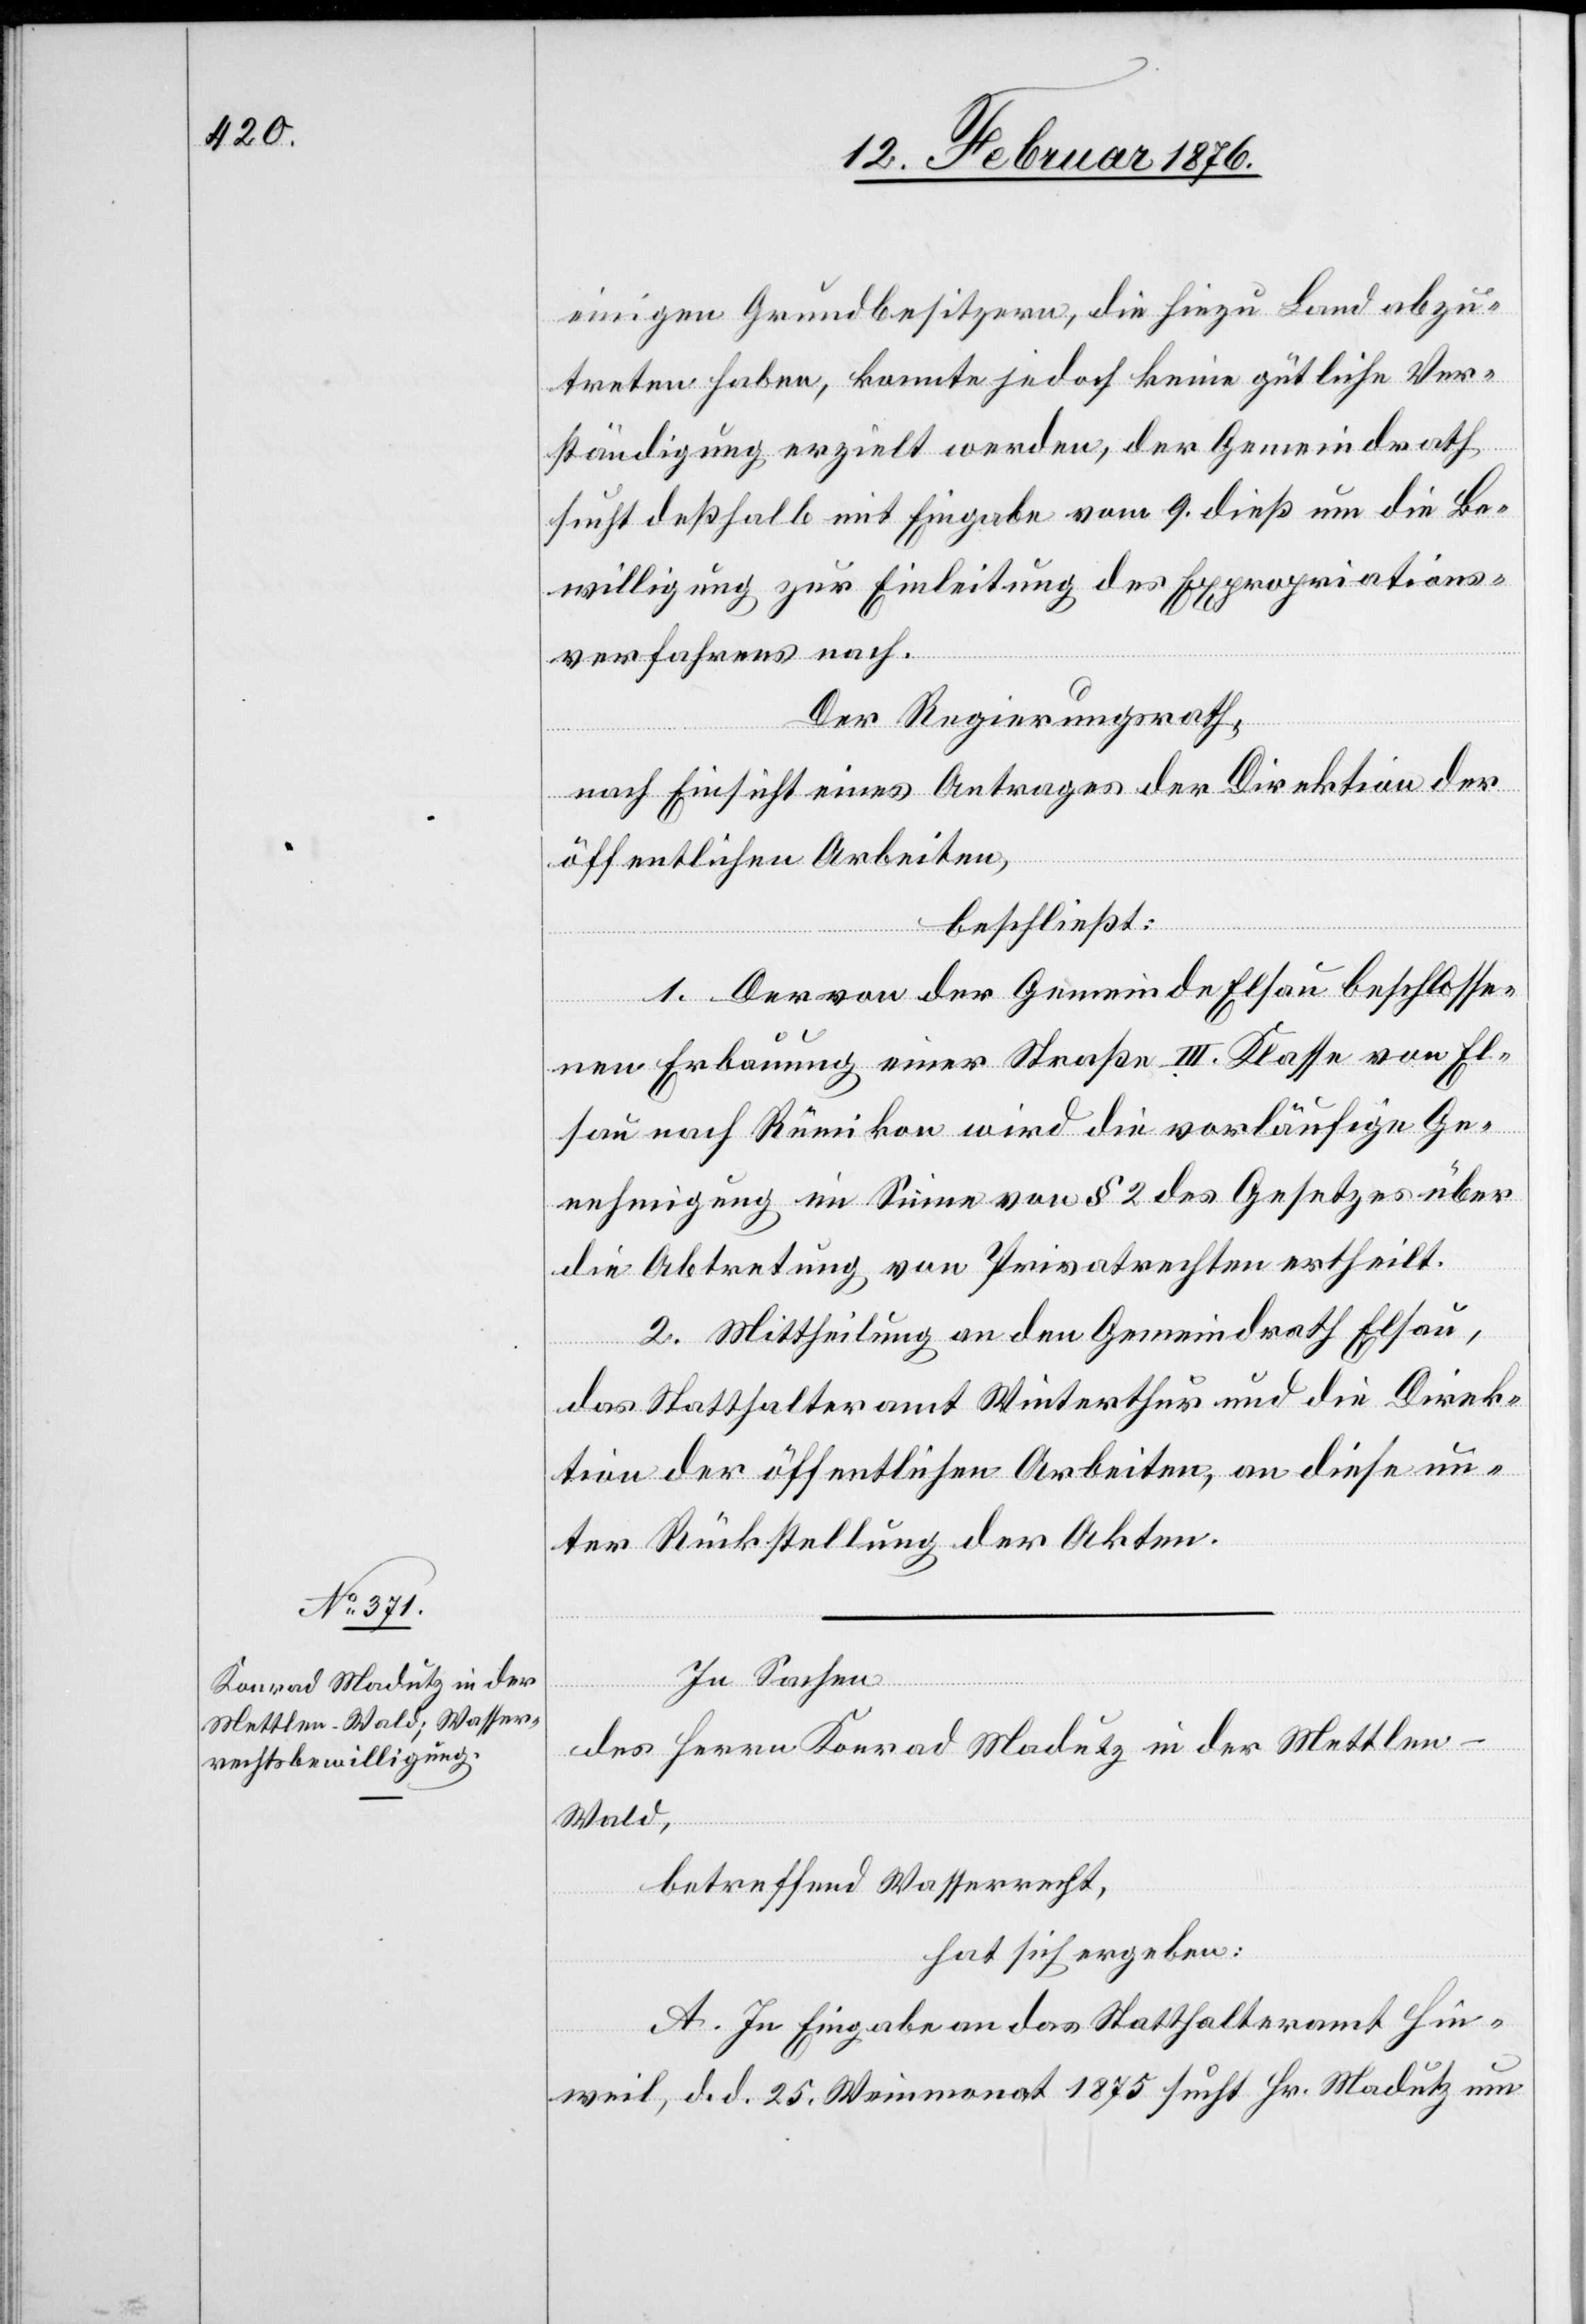
einigen Grundbesitzern, die hierzu Land abzu¬
treten haben, konnte jedoch keine gütliche Ver¬
ständigung erzielt werden, der Gemeindrath
sucht deßhalb mit Eingabe vom 9. dieß um die Be¬
willigung zur Einleitung des Expropriations¬
verfahrens nach.
Der Regierungsrath,
nach Einsicht eines Antrages der Direktion der
öffentlichen Arbeiten,
beschließt:
1. Der von der Gemeinde Elsau beschlosse¬
nen Erbauung einer Straße III. Klasse von El¬
sau nach Rümikon wird die vorläufige Ge¬
nehmigung im Sinne von § 2 des Gesetzes über
die Abtretung von Privatrechten ertheilt.
2. Mittheilung an den Gemeindrath Elsau,
das Statthalteramt Winterthur und die Direk¬
tion der öffentlichen Arbeiten, an diese un¬
ter Rückstellung der Akten.
Zu
des Herrn Konrad Madutz in der Mettle¬
n-Wald,
betreffend Wasserrecht,
hat sich ergeben:
A. In Eingabe an das Statthalteramt Hin¬
weil, d. d. 25. Weinmonat 1875 sucht Hr. Madutz um